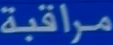
مراقبة